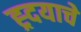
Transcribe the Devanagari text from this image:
ह्र्दयाचे